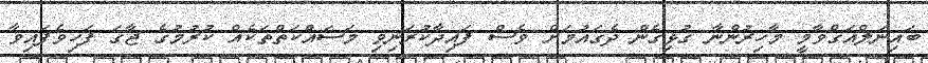
ބައިނަލްއަގްވާމީ މާހިރުންނާ ގުޅިގެން ދެގައުމަށް ވެސް ފައިދާކުރަނިވި މަސައްކަތްތަކެއް ކުރުމުގެ ޖާގަ ފަހިވެފައިވާ